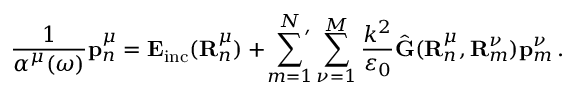
\frac { 1 } { \alpha ^ { \mu } ( \omega ) } \mathbf { p } _ { n } ^ { \mu } = \mathbf { E } _ { \mathrm { i n c } } ( \mathbf { R } _ { n } ^ { \mu } ) + \sideset { } { ' } \sum _ { m = 1 } ^ { N } \sum _ { \nu = 1 } ^ { M } \frac { k ^ { 2 } } { \varepsilon _ { 0 } } \hat { \mathbf { G } } ( \mathbf { R } _ { n } ^ { \mu } , \mathbf { R } _ { m } ^ { \nu } ) \mathbf { p } _ { m } ^ { \nu } \, .